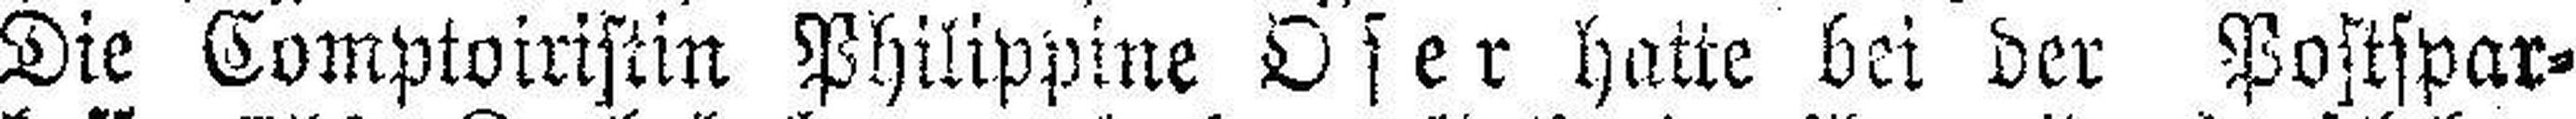
Die Comptoiristin Philippine Oser hatte bei der Postspar¬